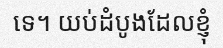
ទេ។ យប់ដំបូងដែលខ្ញុំ